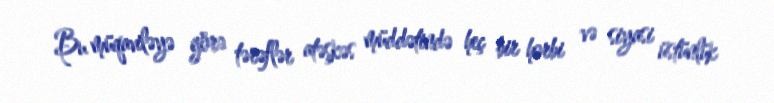
Bu müqaviləyə görə tərəflər atəşkəs müddətində heç bir hərbi və siyasi üstünlük